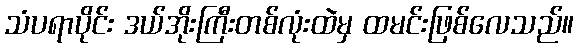
သံပရာပိုင်း ဒယ်အိုးကြီးတစ်လုံးထဲမှ ထမင်းဖြစ်လေသည်။